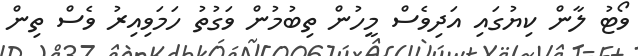
ވޯޓު ލާން ކިޔުގައި އަދިވެސް މީހުން ތިބުމުން ވަގުތު ހަމަވިއިރު ވެސް ތިން